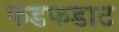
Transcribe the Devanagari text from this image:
फडफडाट